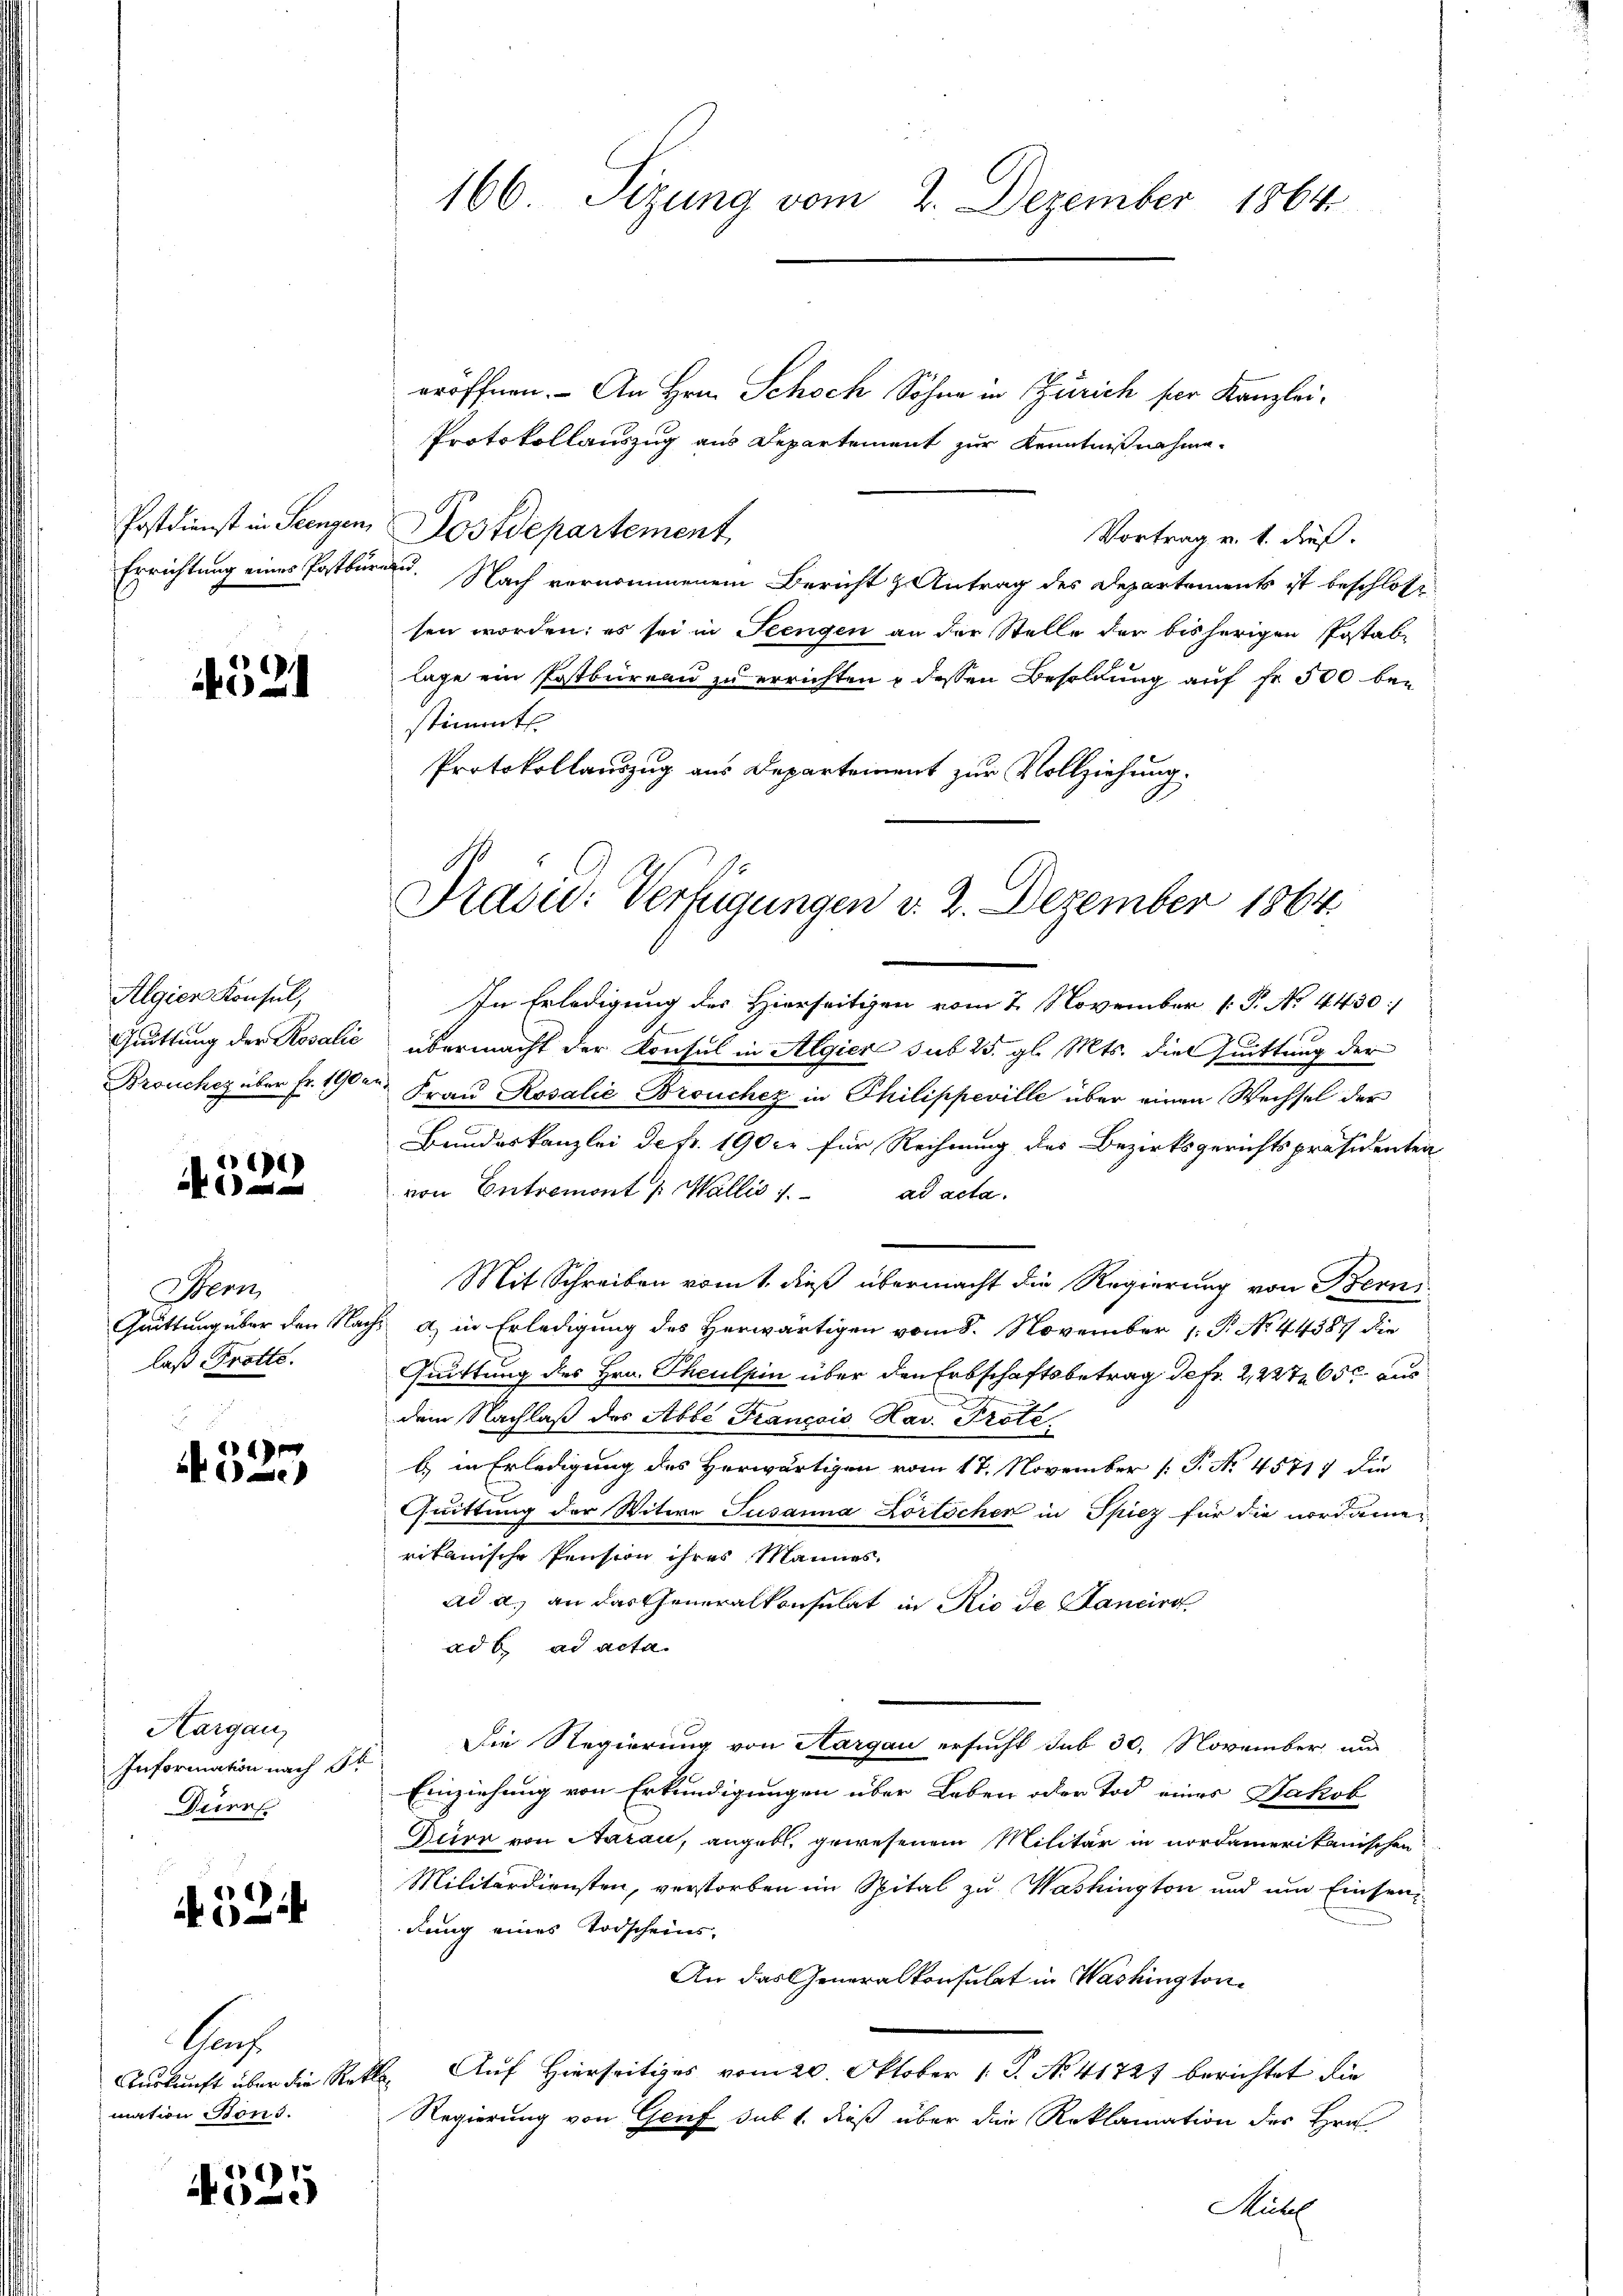
4521

Algien Konsul,

1)
 0 f 0 x

Stern
laß Trotte.
d

4525

Hargau
Information nach St
Driess

e
A

Aauf
mation Sons.

E
.

eröffnen. - An Hrn. Schoch Sohne in Zürich ser Kanzlei¬
Protokollauszug aus Departement zur Kenntnißnahme
Postdienst in Seengen, Postdepartement
Vortrag v. 1. dieß.
Errichtung eines Postbüren. Nach vernommenem Bericht z. Antrag des Departements ist beschlosse
sen worden; es sei in Seengen an der Stelle der bisherigen Postab-
lage ein Postbüreau zu errichten & dessen Besoldung auf fr. 500 bestimmt.
Protokollauszug aus Departement zur Vollziehung.

166. Sizung vom 2. Dezember 1864.

In Erledigung des Hierseitigen vom 2. November [ P. No 4430/
Quittung der Rosalić übermacht der Konsul in Algier sub 25. gl. Mts. die Quittung der
Brouchez über Fr. 1900 Frau Rosalie Brouchez in Philippeville über einen Wechsel der
Bundeskanzlei de fr. 190 xr für Rechnung des Bezirksgerichtspräsidenten
von Entremont /: Wallis 1. ad acta.
Mit Schreiben vom 1. dieß übermacht die Regierung von Berni¬
Quittung über den Nachs a) in Erledigung des Herwärtigen vom 8. November 1. P. No 44387 die
Guittung des Hrn. Theulpin über den Erbschaftsbetrag defr. 2,227 65 aus
dem Nachlaß des Abbe François Hav. Prote
b) in Erledigung des Herwärtigen vom 17. November [T. No 45717 die
Quittung der Witwe Susanna Lörlicher in Spiez für die nordamerikanische Pension ihres Mannes.
ad a. an das Generalkonsulat in Rio de Sancirt
ad b. ad acta.
Die Regierung von Aargau ersucht sub 30. November und
Einziehung von Erkundigungen über Leben oder Tod eines Jakob
Dürr von Aarau, angebt, gewesenem Militär in nordamerikanischen
Militärdiensten, verstorben im Spital zu Washington und um Einsendung eines Todscheins-
An das Generalkonsulat in Washington
Auskunft über die Rette. Auf Hierseitiges vom 20. Oktober 1 S. No. 41727 berichtet die
Regierung von Genf sub 1. dieß über die Reklamation des Hrn
Müll

Prasid: Verfügungen v. 2. Dezember 1864.